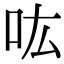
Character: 吰